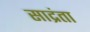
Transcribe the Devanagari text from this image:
साद्रंता